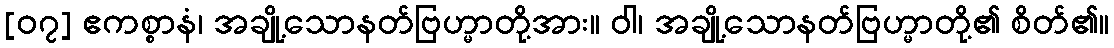
[၀၇] ဧကစ္စာနံ၊ အချို့သောနတ်ဗြဟ္မာတို့အား။ ဝါ၊ အချို့သောနတ်ဗြဟ္မာတို့၏ စိတ်၏။